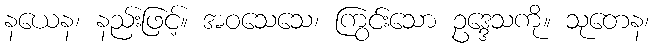
နယေန၊ နည်းဖြင့်။ အဝသေသေ၊ ကြွင်းသော ဥဒ္ဒေသကို။ သုတေန၊